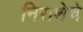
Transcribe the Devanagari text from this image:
निराशेचे